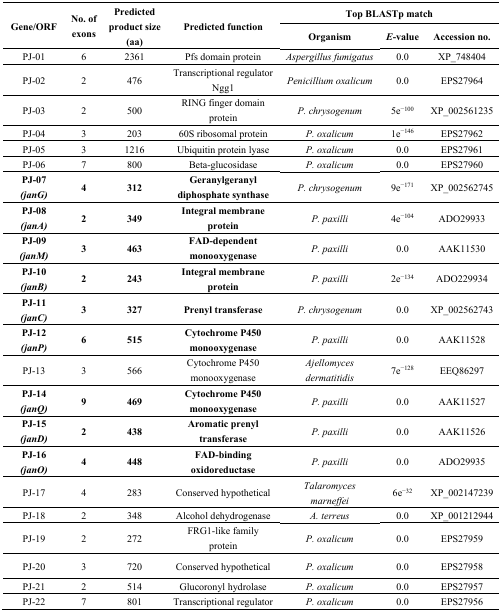
<table><thead><tr><td rowspan="2"><b>Gene/ORF</b></td><td rowspan="2"><b>No. of exons</b></td><td rowspan="2"><b>Predicted product size (aa)</b></td><td rowspan="2"><b>Predicted function</b></td><td colspan="3"><b>Top BLASTp match</b></td></tr><tr><td><b>Organism</b></td><td><b><i>E</i>-value</b></td><td><b>Accession no.</b></td></tr></thead><tbody><tr><td>PJ-01</td><td>6</td><td>2361</td><td>Pfs domain protein</td><td><i>Aspergillus fumigatus</i></td><td>0.0</td><td>XP_748404</td></tr><tr><td>PJ-02</td><td>2</td><td>476</td><td>Transcriptional regulator Ngg1</td><td><i>Penicillium oxalicum</i></td><td>0.0</td><td>EPS27964</td></tr><tr><td>PJ-03</td><td>2</td><td>500</td><td>RING finger domain protein</td><td><i>P. chrysogenum</i></td><td>5e<sup>−100</sup></td><td>XP_002561235</td></tr><tr><td>PJ-04</td><td>3</td><td>203</td><td>60S ribosomal protein</td><td><i>P. oxalicum</i></td><td>1e<sup>−146</sup></td><td>EPS27962</td></tr><tr><td>PJ-05</td><td>3</td><td>1216</td><td>Ubiquitin protein lyase</td><td><i>P. oxalicum</i></td><td>0.0</td><td>EPS27961</td></tr><tr><td>PJ-06</td><td>7</td><td>800</td><td>Beta-glucosidase</td><td><i>P. oxalicum</i></td><td>0.0</td><td>EPS27960</td></tr><tr><td><b>PJ-07 <i>(janG)</i></b></td><td><b>4</b></td><td><b>312</b></td><td><b>Geranylgeranyl diphosphate synthase</b></td><td><i>P. chrysogenum</i></td><td>9e<sup>−171</sup></td><td>XP_002562745</td></tr><tr><td><b>PJ-08 <i>(janA)</i></b></td><td><b>2</b></td><td><b>349</b></td><td><b>Integral membrane protein</b></td><td><i>P. paxilli</i></td><td>4e<sup>−104</sup></td><td>ADO29933</td></tr><tr><td><b>PJ-09 <i>(janM)</i></b></td><td><b>3</b></td><td><b>463</b></td><td><b>FAD-dependent monooxygenase</b></td><td><i>P. paxilli</i></td><td>0.0</td><td>AAK11530</td></tr><tr><td><b>PJ-10 <i>(janB)</i></b></td><td><b>2</b></td><td><b>243</b></td><td><b>Integral membrane protein</b></td><td><i>P. paxilli</i></td><td>2e<sup>−134</sup></td><td>ADO229934</td></tr><tr><td><b>PJ-11 <i>(janC)</i></b></td><td><b>3</b></td><td><b>327</b></td><td><b>Prenyl transferase</b></td><td><i>P. chrysogenum</i></td><td>0.0</td><td>XP_002562743</td></tr><tr><td><b>PJ-12 <i>(janP)</i></b></td><td><b>6</b></td><td><b>515</b></td><td><b>Cytochrome P450 monooxygenase</b></td><td><i>P. paxilli</i></td><td>0.0</td><td>AAK11528</td></tr><tr><td>PJ-13</td><td>3</td><td>566</td><td>Cytochrome P450 monooxygenase</td><td><i>Ajellomyces dermatitidis</i></td><td>7e<sup>−128</sup></td><td>EEQ86297</td></tr><tr><td><b>PJ-14 <i>(janQ)</i></b></td><td><b>9</b></td><td><b>469</b></td><td><b>Cytochrome P450 monooxygenase</b></td><td><i>P. paxilli</i></td><td>0.0</td><td>AAK11527</td></tr><tr><td><b>PJ-15 <i>(janD)</i></b></td><td><b>2</b></td><td><b>438</b></td><td><b>Aromatic prenyl transferase</b></td><td><i>P. paxilli</i></td><td>0.0</td><td>AAK11526</td></tr><tr><td><b>PJ-16 <i>(janO)</i></b></td><td><b>4</b></td><td><b>448</b></td><td><b>FAD-binding oxidoreductase</b></td><td><i>P. paxilli</i></td><td>0.0</td><td>ADO29935</td></tr><tr><td>PJ-17</td><td>4</td><td>283</td><td>Conserved hypothetical</td><td><i>Talaromyces marneffei</i></td><td>6e<sup>−32</sup></td><td>XP_002147239</td></tr><tr><td>PJ-18</td><td>2</td><td>348</td><td>Alcohol dehydrogenase</td><td><i>A. terreus</i></td><td>0.0</td><td>XP_001212944</td></tr><tr><td>PJ-19</td><td>2</td><td>272</td><td>FRG1-like family protein</td><td><i>P. oxalicum</i></td><td>0.0</td><td>EPS27959</td></tr><tr><td>PJ-20</td><td>3</td><td>720</td><td>Conserved hypothetical</td><td><i>P. oxalicum</i></td><td>0.0</td><td>EPS27958</td></tr><tr><td>PJ-21</td><td>2</td><td>514</td><td>Glucoronyl hydrolase</td><td><i>P. oxalicum</i></td><td>0.0</td><td>EPS27957</td></tr><tr><td>PJ-22</td><td>7</td><td>801</td><td>Transcriptional regulator</td><td><i>P. oxalicum</i></td><td>0.0</td><td>EPS27956</td></tr></tbody></table>